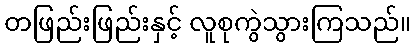
တဖြည်းဖြည်းနှင့် လူစုကွဲသွားကြသည်။